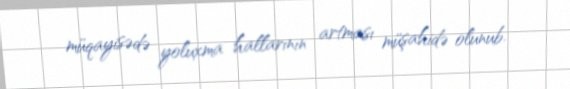
müqayisədə yoluxma hallarının artması müşahidə olunub.